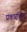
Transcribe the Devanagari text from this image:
प्रकारशित